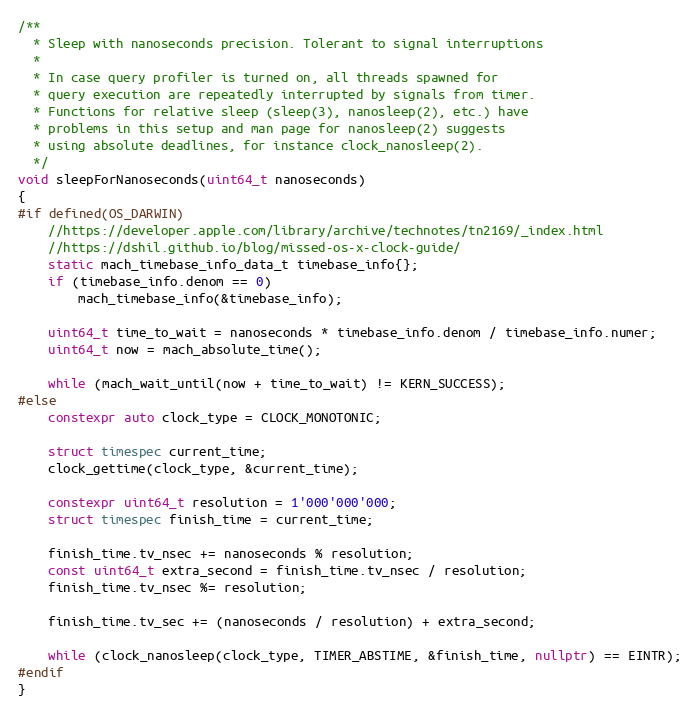
Language: C++
/**
  * Sleep with nanoseconds precision. Tolerant to signal interruptions
  *
  * In case query profiler is turned on, all threads spawned for
  * query execution are repeatedly interrupted by signals from timer.
  * Functions for relative sleep (sleep(3), nanosleep(2), etc.) have
  * problems in this setup and man page for nanosleep(2) suggests
  * using absolute deadlines, for instance clock_nanosleep(2).
  */
void sleepForNanoseconds(uint64_t nanoseconds)
{
#if defined(OS_DARWIN)
    //https://developer.apple.com/library/archive/technotes/tn2169/_index.html
    //https://dshil.github.io/blog/missed-os-x-clock-guide/
    static mach_timebase_info_data_t timebase_info{};
    if (timebase_info.denom == 0)
        mach_timebase_info(&timebase_info);

    uint64_t time_to_wait = nanoseconds * timebase_info.denom / timebase_info.numer;
    uint64_t now = mach_absolute_time();

    while (mach_wait_until(now + time_to_wait) != KERN_SUCCESS);
#else
    constexpr auto clock_type = CLOCK_MONOTONIC;

    struct timespec current_time;
    clock_gettime(clock_type, &current_time);

    constexpr uint64_t resolution = 1'000'000'000;
    struct timespec finish_time = current_time;

    finish_time.tv_nsec += nanoseconds % resolution;
    const uint64_t extra_second = finish_time.tv_nsec / resolution;
    finish_time.tv_nsec %= resolution;

    finish_time.tv_sec += (nanoseconds / resolution) + extra_second;

    while (clock_nanosleep(clock_type, TIMER_ABSTIME, &finish_time, nullptr) == EINTR);
#endif
}